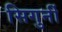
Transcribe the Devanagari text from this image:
सिगुर्नी